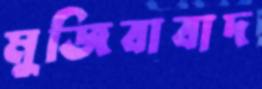
মুজিবাবাদ